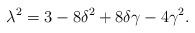
LaTeX: \begin{align*}\lambda^2={3-8\delta^2+8\delta\gamma-4\gamma^2}.\end{align*}